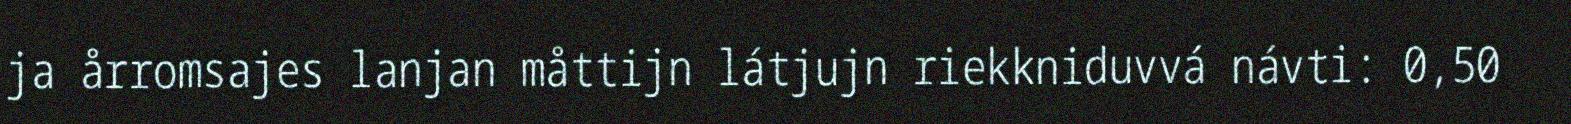
ja årromsajes lanjan måttijn látjujn riekkniduvvá návti: 0,50